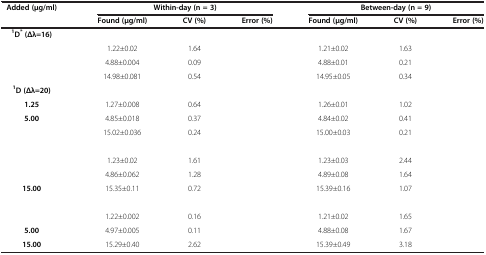
<table><thead><tr><td><b>Added (μg/ml)</b></td><td colspan="3"><b>Within-day (n = 3)</b></td><td colspan="3"><b>Between-day (n = 9)</b></td></tr><tr><td>[EMPTY_CELL]</td><td><b>Found (μg/ml)</b></td><td><b>CV (%)</b></td><td><b>Error (%)</b></td><td><b>Found (μg/ml)</b></td><td><b>CV (%)</b></td><td><b>Error (%)</b></td></tr></thead><tbody><tr><td><sup><b>1</b></sup><b>D</b><sup><b>*</b></sup><b>(Δλ=16)</b></td><td>[EMPTY_CELL]</td><td>[EMPTY_CELL]</td><td>[EMPTY_CELL]</td><td>[EMPTY_CELL]</td><td>[EMPTY_CELL]</td><td>[EMPTY_CELL]</td></tr><tr><td>[EMPTY_CELL]</td><td>1.22±0.02</td><td>1.64</td><td>[EMPTY_CELL]</td><td>1.21±0.02</td><td>1.63</td><td>[EMPTY_CELL]</td></tr><tr><td>[EMPTY_CELL]</td><td>4.88±0.004</td><td>0.09</td><td>[EMPTY_CELL]</td><td>4.88±0.01</td><td>0.21</td><td>[EMPTY_CELL]</td></tr><tr><td>[EMPTY_CELL]</td><td>14.98±0.081</td><td>0.54</td><td>[EMPTY_CELL]</td><td>14.95±0.05</td><td>0.34</td><td>[EMPTY_CELL]</td></tr><tr><td><sup><b>1</b></sup><b>D (Δλ=20)</b></td><td>[EMPTY_CELL]</td><td>[EMPTY_CELL]</td><td>[EMPTY_CELL]</td><td>[EMPTY_CELL]</td><td>[EMPTY_CELL]</td><td>[EMPTY_CELL]</td></tr><tr><td><b>1.25</b></td><td>1.27±0.008</td><td>0.64</td><td>[EMPTY_CELL]</td><td>1.26±0.01</td><td>1.02</td><td>[EMPTY_CELL]</td></tr><tr><td><b>5.00</b></td><td>4.85±0.018</td><td>0.37</td><td>[EMPTY_CELL]</td><td>4.84±0.02</td><td>0.41</td><td>[EMPTY_CELL]</td></tr><tr><td>[EMPTY_CELL]</td><td>15.02±0.036</td><td>0.24</td><td>[EMPTY_CELL]</td><td>15.00±0.03</td><td>0.21</td><td>[EMPTY_CELL]</td></tr><tr><td>[EMPTY_CELL]</td><td>[EMPTY_CELL]</td><td>[EMPTY_CELL]</td><td>[EMPTY_CELL]</td><td>[EMPTY_CELL]</td><td>[EMPTY_CELL]</td><td>[EMPTY_CELL]</td></tr><tr><td>[EMPTY_CELL]</td><td>1.23±0.02</td><td>1.61</td><td>[EMPTY_CELL]</td><td>1.23±0.03</td><td>2.44</td><td>[EMPTY_CELL]</td></tr><tr><td>[EMPTY_CELL]</td><td>4.86±0.062</td><td>1.28</td><td>[EMPTY_CELL]</td><td>4.89±0.08</td><td>1.64</td><td>[EMPTY_CELL]</td></tr><tr><td><b>15.00</b></td><td>15.35±0.11</td><td>0.72</td><td>[EMPTY_CELL]</td><td>15.39±0.16</td><td>1.07</td><td>[EMPTY_CELL]</td></tr><tr><td>[EMPTY_CELL]</td><td>[EMPTY_CELL]</td><td>[EMPTY_CELL]</td><td>[EMPTY_CELL]</td><td>[EMPTY_CELL]</td><td>[EMPTY_CELL]</td><td>[EMPTY_CELL]</td></tr><tr><td>[EMPTY_CELL]</td><td>1.22±0.002</td><td>0.16</td><td>[EMPTY_CELL]</td><td>1.21±0.02</td><td>1.65</td><td>[EMPTY_CELL]</td></tr><tr><td><b>5.00</b></td><td>4.97±0.005</td><td>0.11</td><td>[EMPTY_CELL]</td><td>4.88±0.08</td><td>1.67</td><td>[EMPTY_CELL]</td></tr><tr><td><b>15.00</b></td><td>15.29±0.40</td><td>2.62</td><td>[EMPTY_CELL]</td><td>15.39±0.49</td><td>3.18</td><td>[EMPTY_CELL]</td></tr></tbody></table>